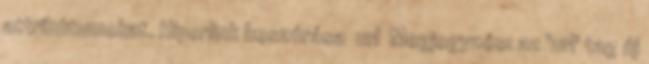
attribútumokat. Hiperlink beszúrása url Megjegyzés: az 'url' tag új